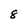
Character: 8